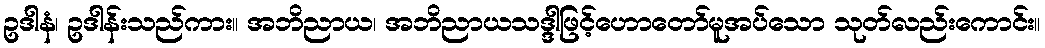
ဥဒါနံ၊ ဥဒါန်းသည်ကား။ အဘိညာယ၊ အဘိညာယသဒ္ဒါဖြင့်ဟောတော်မူအပ်သော သုတ်လည်းကောင်း။